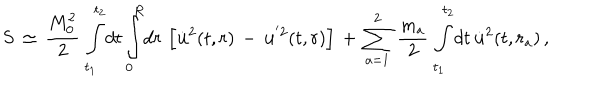
S \, \simeq \, \frac { M _ { 0 } ^ { 2 } } { 2 } \, \int _ { t _ { 1 } } ^ { t _ { 2 } } \! d t \int _ { 0 } ^ { R } \! d r \, \left[ \dot { \bf { u } } ^ { 2 } ( t , r ) \, - \, { \bf { u } } ^ { ' 2 } ( t , r ) \right] \, + \, \sum _ { a = 1 } ^ { 2 } \, \frac { m _ { a } } { 2 } \, \int _ { t _ { 1 } } ^ { t _ { 2 } } \! d t \, \dot { \bf { u } } ^ { 2 } ( t , r _ { a } ) \, { , }